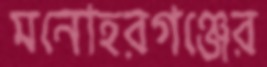
মনোহরগঞ্জের